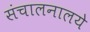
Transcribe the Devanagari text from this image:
संचालनालये